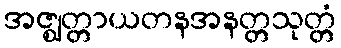
အဇ္ဈတ္တာယတနအနတ္တသုတ္တံ